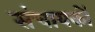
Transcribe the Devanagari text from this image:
संचायकों